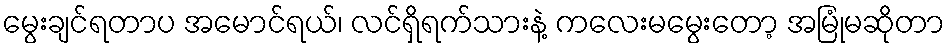
မွေးချင်ရတာပ အမောင်ရယ်၊ လင်ရှိရက်သားနဲ့ ကလေးမမွေးတော့ အမြုံမဆိုတာ